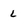
Character: l